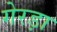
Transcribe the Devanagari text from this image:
गेरड़ा